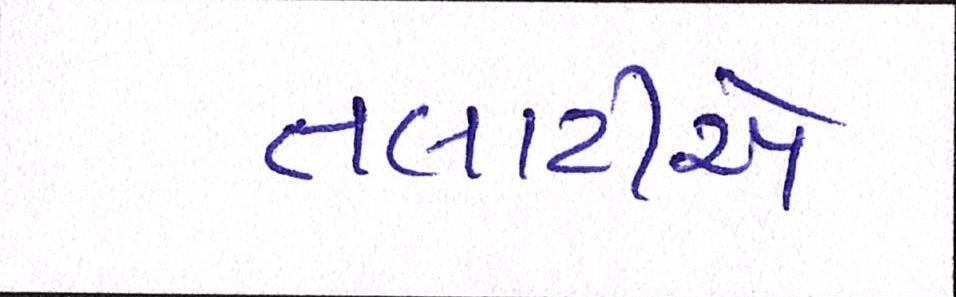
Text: તલાટીએ